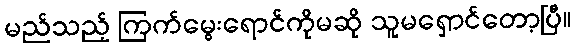
မည်သည့် ကြက်မွေးရောင်ကိုမဆို သူမရှောင်တော့ပြီ။